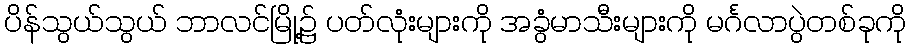
ပိန်သွယ်သွယ် ဘာလင်မြို့၌ ပတ်လုံးများကို အခွံမာသီးများကို မင်္ဂလာပွဲတစ်ခုကို